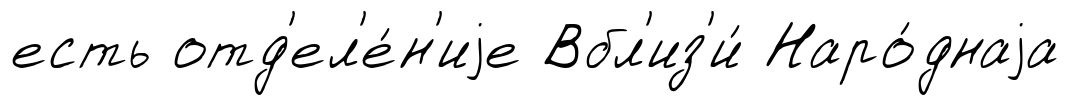
есть отд'ел'е́н'иjе Вбл'из'и́ Наро́днаjа